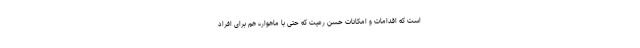
است که اقدامات و امکانات حسن رعیت که حتی با ماهواره هم برای افراد